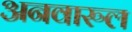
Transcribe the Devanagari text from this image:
अनवारुल